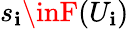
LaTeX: s_{\mathbf{i}}\inF(U_{\mathbf{i}})